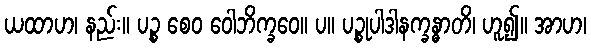
ယထာဟ၊ နည်း။ ပဉ္စ စေဝ ဝေါဘိက္ခဝေ။ ပ။ ပဉ္စုပါဒါနက္ခန္ဓာတိ၊ ဟူ၍။ အာဟ၊